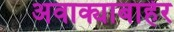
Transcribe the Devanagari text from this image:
अवाक्याबाहेर